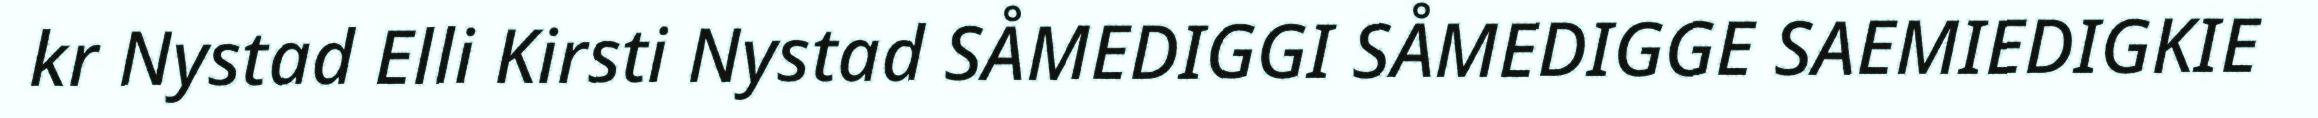
kr Nystad Elli Kirsti Nystad SÅMEDIGGI SÅMEDIGGE SAEMIEDIGKIE